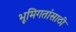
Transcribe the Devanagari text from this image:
भूमिगतांसाठी